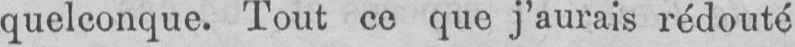
quelconque. Tout ce que j’aurais rédouté